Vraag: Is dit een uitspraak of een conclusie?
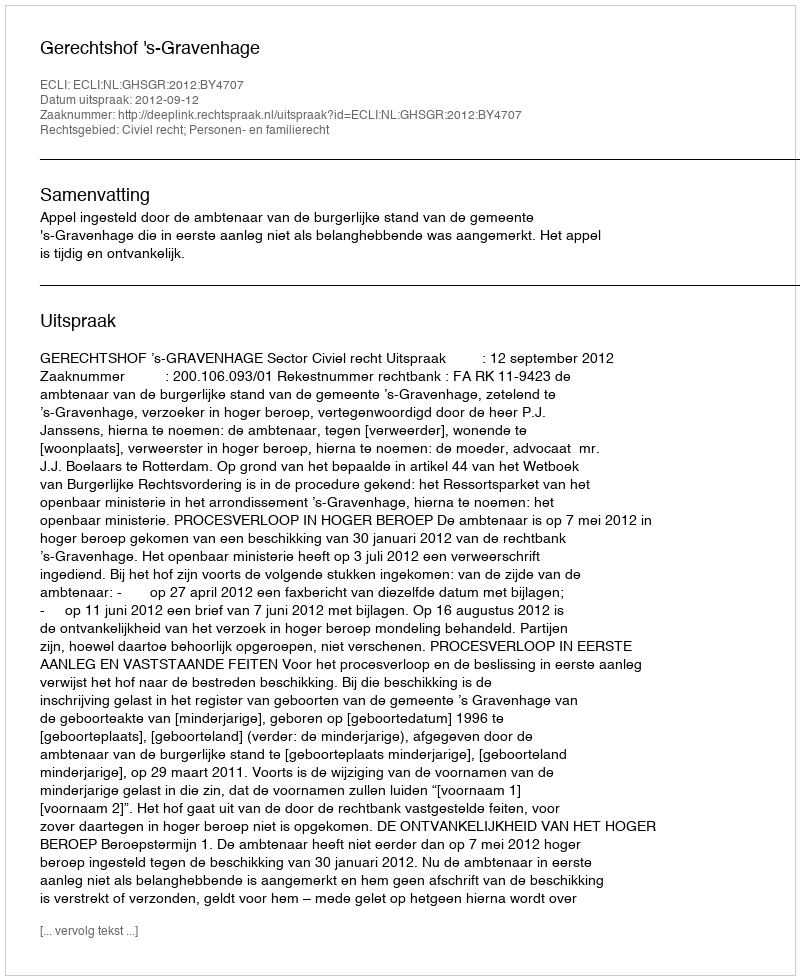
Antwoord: Uitspraak